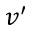
v ^ { \prime }